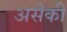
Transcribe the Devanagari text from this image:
असेकी